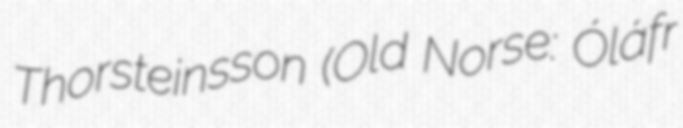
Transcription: Thorsteinsson (Old Norse: Óláfr